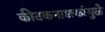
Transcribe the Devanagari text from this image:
कीटकनाशकांमुळे